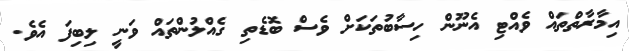
އިމާރާތްތައް ވެއްޓި އެނޫން ހިސާބުތަކަށް ވެސް ބޮޑެތި ގެއްލުންތައް ވަނީ ލިބިފަ އެވެ.